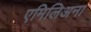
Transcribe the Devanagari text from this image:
एमिलिअना